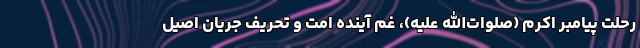
رحلت پیامبر اکرم (صلوات‌الله علیه)، غم آینده امت و تحریف جریان اصیل